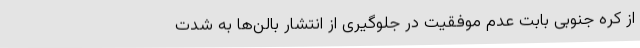
از کره جنوبی بابت عدم موفقیت در جلوگیری از انتشار بالن‌ها به شدت